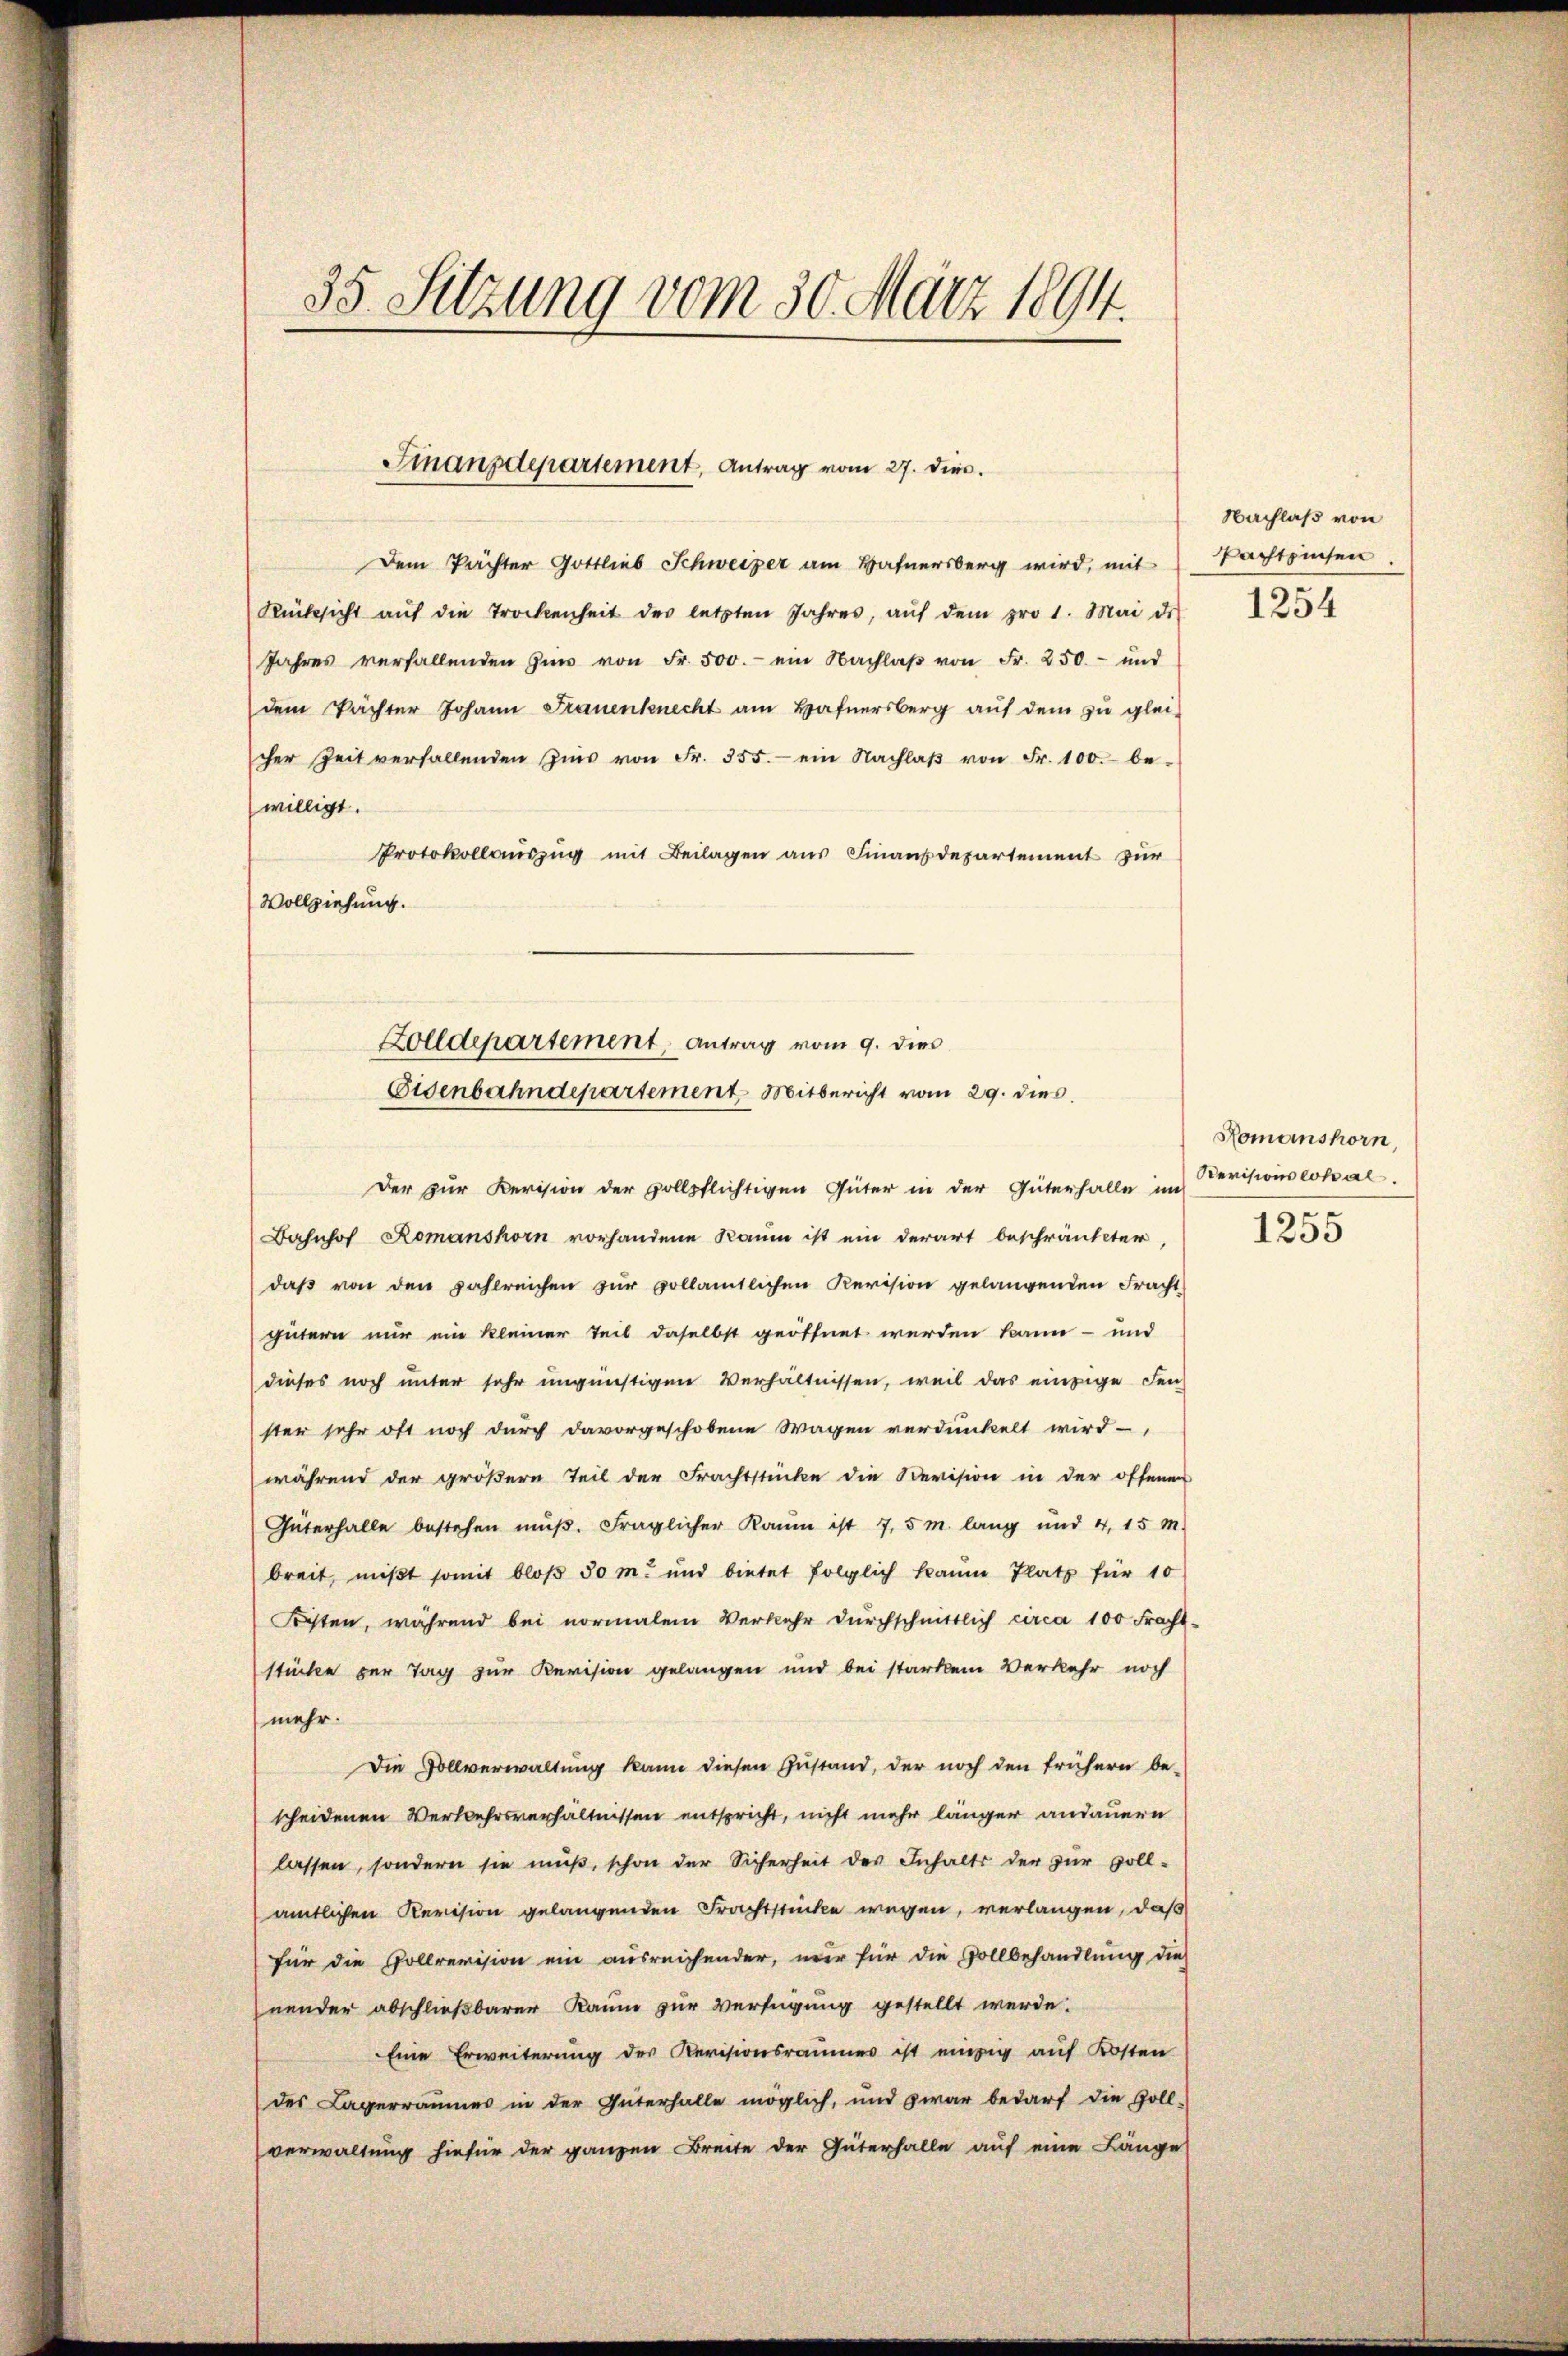
35. Sitzung vom 30. März 1894.

Finanzdepartement, Antrag vom 27. die

Dem Pächter Gottlieb Schweizer am Hafnersberg wird, mit
Rücksicht aŭf die Trockenheit der letzten Jahres, aŭf dem pro 1. Mai de
Jahres verfallenden Ein von Fr. 500.- ein Nachlaβ von Fr. 250.- und
dem Pächter Johann Frauenknecht am Hafnersberg auf dem zu glei-
cher Zeit verfallenden Zins von Fr. 355. ein Nachlaβ von Fr. 100. be-
willigt.
Protokollauszug mit Beilagen aus Finanzdepartement zur
Vollziehung.

Zolldepartement, Antrag vom 9. dies
Eisenbahndepartement. Mitbericht vom 29. dies

Der zur Revision der vollpflichtigen Güter in der Güterhalle im Revisionslokal
Bahnhof Romanshorn vorhandene Raum ist ein derart beschränkter,
daß von den zahlreichen zur vollamtlichen Revision gelangenden Fracht
gütern nur ein kleiner Teil daselbst geöffnet werden kann- und
dieses noch unter sehr ungünstigen Verhältnissen, weil das einzige Fen
ster sehr oft noch durch davorgeschobene Wagen verdunkelt wird-
während der größern Teil der Frachtstücke die Revision in der offener
Güterhalle bestehen mŭβ. Fraglicher Kaum ist 7,5 m lang und 4, 15 m
breit, mißt somit bloß 50 m und bietet folglich kaum Platz für 10
Kosten, während bei vormalen Verkehr dŭrchschnittlich circa 100 Fracht.
stücke zur Tag zur Revision gelangen und bei starkem Verkehr noch
mehr.
Die Vollverwaltung kann diesen Zustand, der noch den frühern be-
scheidenen Verkehrsverhältnissen entspricht, nicht mehr länger andauern
lassen, sondern sie muß, schon der Sicherheit des Inhalts der zur voll-
amtlichen Revision gelangenden Frachtstücke wegen, verlangen, daß
für die Pollrevision ein ausreichender, mer für die Vollbehandlung die
nender abschließbarer Raum zur Verfügung gestellt werde.
Eine Erweiterung des Revisionsraumes ist einzig auf Kosten
des Lagerraumes in der Güterhalle möglich, und zwar bedarf die Zoll-
verwaltung hiefür der ganzen Breite der Güterhalle auf eine Länge

Nachlaß von
Pachtzinsen
1254

Homanshorn,
e

1235